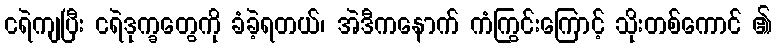
ငရဲကျပြီး ငရဲဒုက္ခတွေကို ခံခဲ့ရတယ်၊ အဲဒီကနောက် ကံကြွင်းကြောင့် သိုးတစ်ကောင် ၏